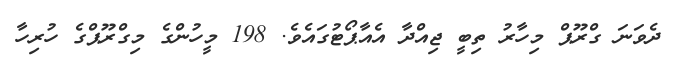
ދެވަނަ ގްރޫޕް މިހާރު ތިބީ ޖިއްދާ އެއާޕޯޓުގައެވެ. 198 މީހުންގެ މިގްރޫޕްގެ ހުރިހާ